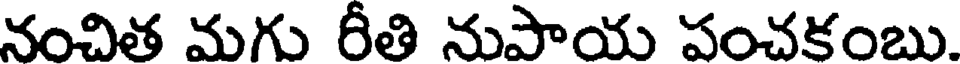
నంచిత మగు రీతి నుపాయ పంచకంబు.